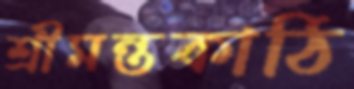
শ্রীমন্তকাঠি